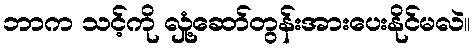
ဘာက သင့်ကို လှုံ့ဆော်တွန်းအားပေးနိုင်မလဲ။